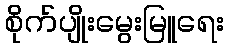
စိုက်ပျိုးမွေးမြူရေး